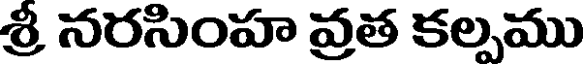
శ్రీ నరసింహ వ్రత కల్పము